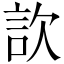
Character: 䚿